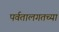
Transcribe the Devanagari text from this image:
पर्वतालगतच्या